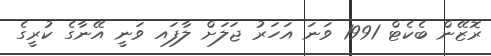
ރޮޒޭން ބެކެޓް 1991 ވަނަ އަހަރު ޖަލަށް ލާފައ ވަނީ އޭނާގެ ކުރީގެ